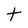
Character: t